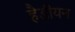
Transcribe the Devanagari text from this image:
हैडीयन